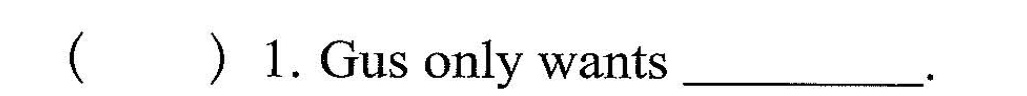
( )1.Cius only wank___